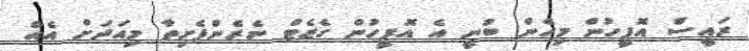
ރައީސް އޮފީހުން މިހެން ބުނީ އެ އޮފީހުން ގެޒެޓް ނެރެންފެށިތާ މިއަދަށް އެއް